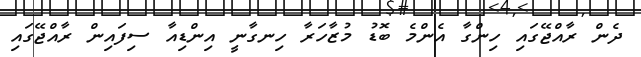
ދެން ރާއްޖޭގައި ހިންގާ އެންމެ ބޮޑު މުޒާހަރާ ހިނގާނީ އިންޑިއާ ސިފައިން ރާއްޖޭގައި